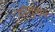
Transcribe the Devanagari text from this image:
कौतुकम